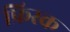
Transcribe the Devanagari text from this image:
फ्रिस्क